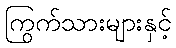
ကြွက်သားများနှင့်